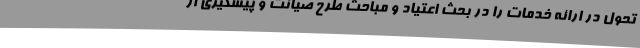
تحول در ارائه خدمات را در بحث اعتیاد و مباحث طرح صیانت و پیشگیری از